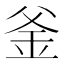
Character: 釜